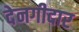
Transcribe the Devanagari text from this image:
देनगीदार